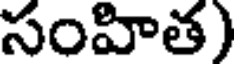
సంహిత)